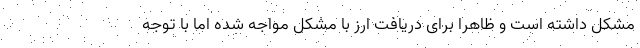
مشکل داشته است و ظاهراً برای دریافت ارز با مشکل مواجه شده اما با توجه